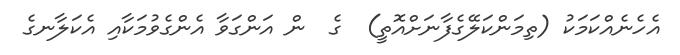
އެހެނެއްކަމަކު (ތިމަންކަލޭގެފާނަށްއޮތީ)  ގެ  ން އަންގަވާ އެންގެވުމަކާއި އެކަލާނގެ